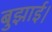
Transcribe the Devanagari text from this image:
बुझाई।